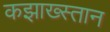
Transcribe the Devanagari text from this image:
कझाख्स्तान